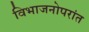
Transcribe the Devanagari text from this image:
विभाजनोपरांत